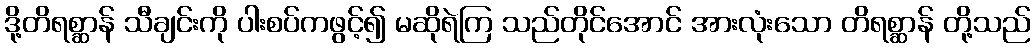
ဒို့တိရစ္ဆာန် သီချင်းကို ပါးစပ်ကဖွင့်၍ မဆိုရဲကြ သည်တိုင်အောင် အားလုံးသော တိရစ္ဆာန် တို့သည်